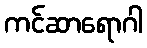
ကင်ဆာရောဂါ